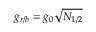
g _ { r / b } = g _ { 0 } \sqrt { N _ { 1 / 2 } }